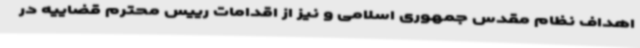
اهداف نظام مقدس جمهوری اسلامی و نیز از اقدامات رییس محترم قضاییه در